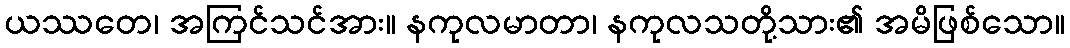
ယဿတေ၊ အကြင်သင်အား။ နကုလမာတာ၊ နကုလသတို့သား၏ အမိဖြစ်သော။